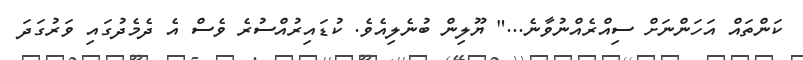
ކަންތައް އަހަންނަށް ސިއްރެއްނުވާނެ..." ޔޫލިން ބުނެލިއެވެ. ކުޑައިރުއްސުރެ ވެސް އެ ދެމެދުގައި ވަރުގަދަ